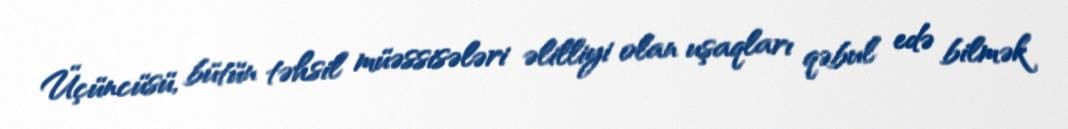
Üçüncüsü, bütün təhsil müəssisələri əlilliyi olan uşaqları qəbul edə bilmək